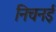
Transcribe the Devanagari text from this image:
निचनई